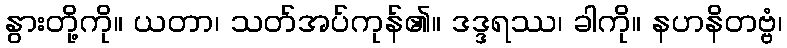
နွားတို့ကို။ ယတာ၊ သတ်အပ်ကုန်၏။ ဒဒ္ဒရဿ၊ ခါကို။ နဟနိတဗ္ဗံ၊